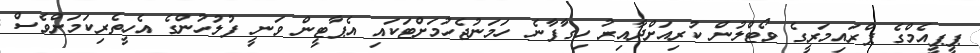
ޕީޕީއެމްގެ ޕްރައިމަރީގެ ވޯޓްލުން ކުރިއަށްދާއިރު ހިގާފާނެ ހަމަނުޖެހުމަށްޓަކައި އެޕާޓީން ވަނީ ފުލުހުންގެ އެހީތެރިކަމަށްވެސް